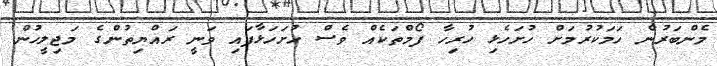
މެންބަރުން ހަމަކުރުމަށް ހުށަހެޅި ހުރިހާ ފޯމްތަކެއް ވެސް ހުށަހަޅާފައި ވަނީ ރައްޔިތުންގެ މަޖިލީހުން